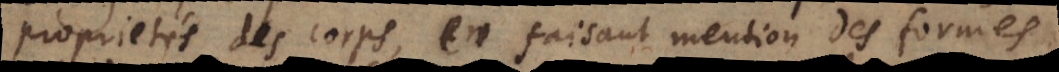
proprietés des corps, en faisant mention des formes